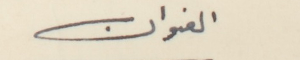
العنوان